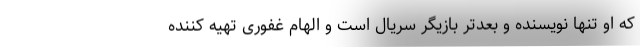
که او تنها نویسنده و بعدتر بازیگر سریال است و الهام غفوری تهیه کننده